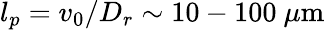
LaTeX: l_{p}=v_{0}/D_{r}\sim 10-100~\mu\mathrm{m}